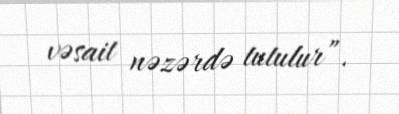
vəsait nəzərdə tutulur”.